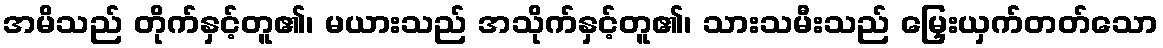
အမိသည် တိုက်နှင့်တူ၏၊ မယားသည် အသိုက်နှင့်တူ၏၊ သားသမီးသည် မြှေးယှက်တတ်သော